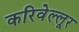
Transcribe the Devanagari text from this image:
करिवेल्लूर